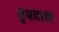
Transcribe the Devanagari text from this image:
वृषदान